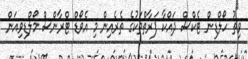
ވިތު ހޯލްޑިން ޓެކްސް ދައްކާ ފަރާތްތަކުގެ ތެރެއިން މި އެވޯޑް ޓްރާންސް މޯލްޑިވިއަން